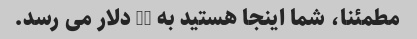
مطمئنا، شما اینجا هستید به 84 دلار می رسد.